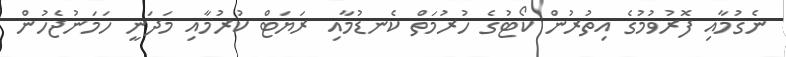
ނެގުމާއި ފޮރުވުމުގެ އިތުރުން ކޯޓުގެ ހުރުމަތް ކެނޑުމާއި ރަޔަޓް ކުރުމާއި މަދަނީ ހަމަނުޖެހުން